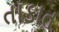
તાકાત